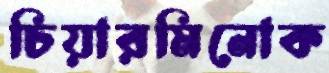
চিয়ারমিনোক